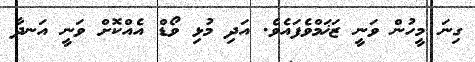
ގިނަ މީހުން ވަނީ ޒަޚަމްވެފައެވެ. އަދި މުޅި ވޯޑް އެއްކޮށް ވަނީ އަނދާ